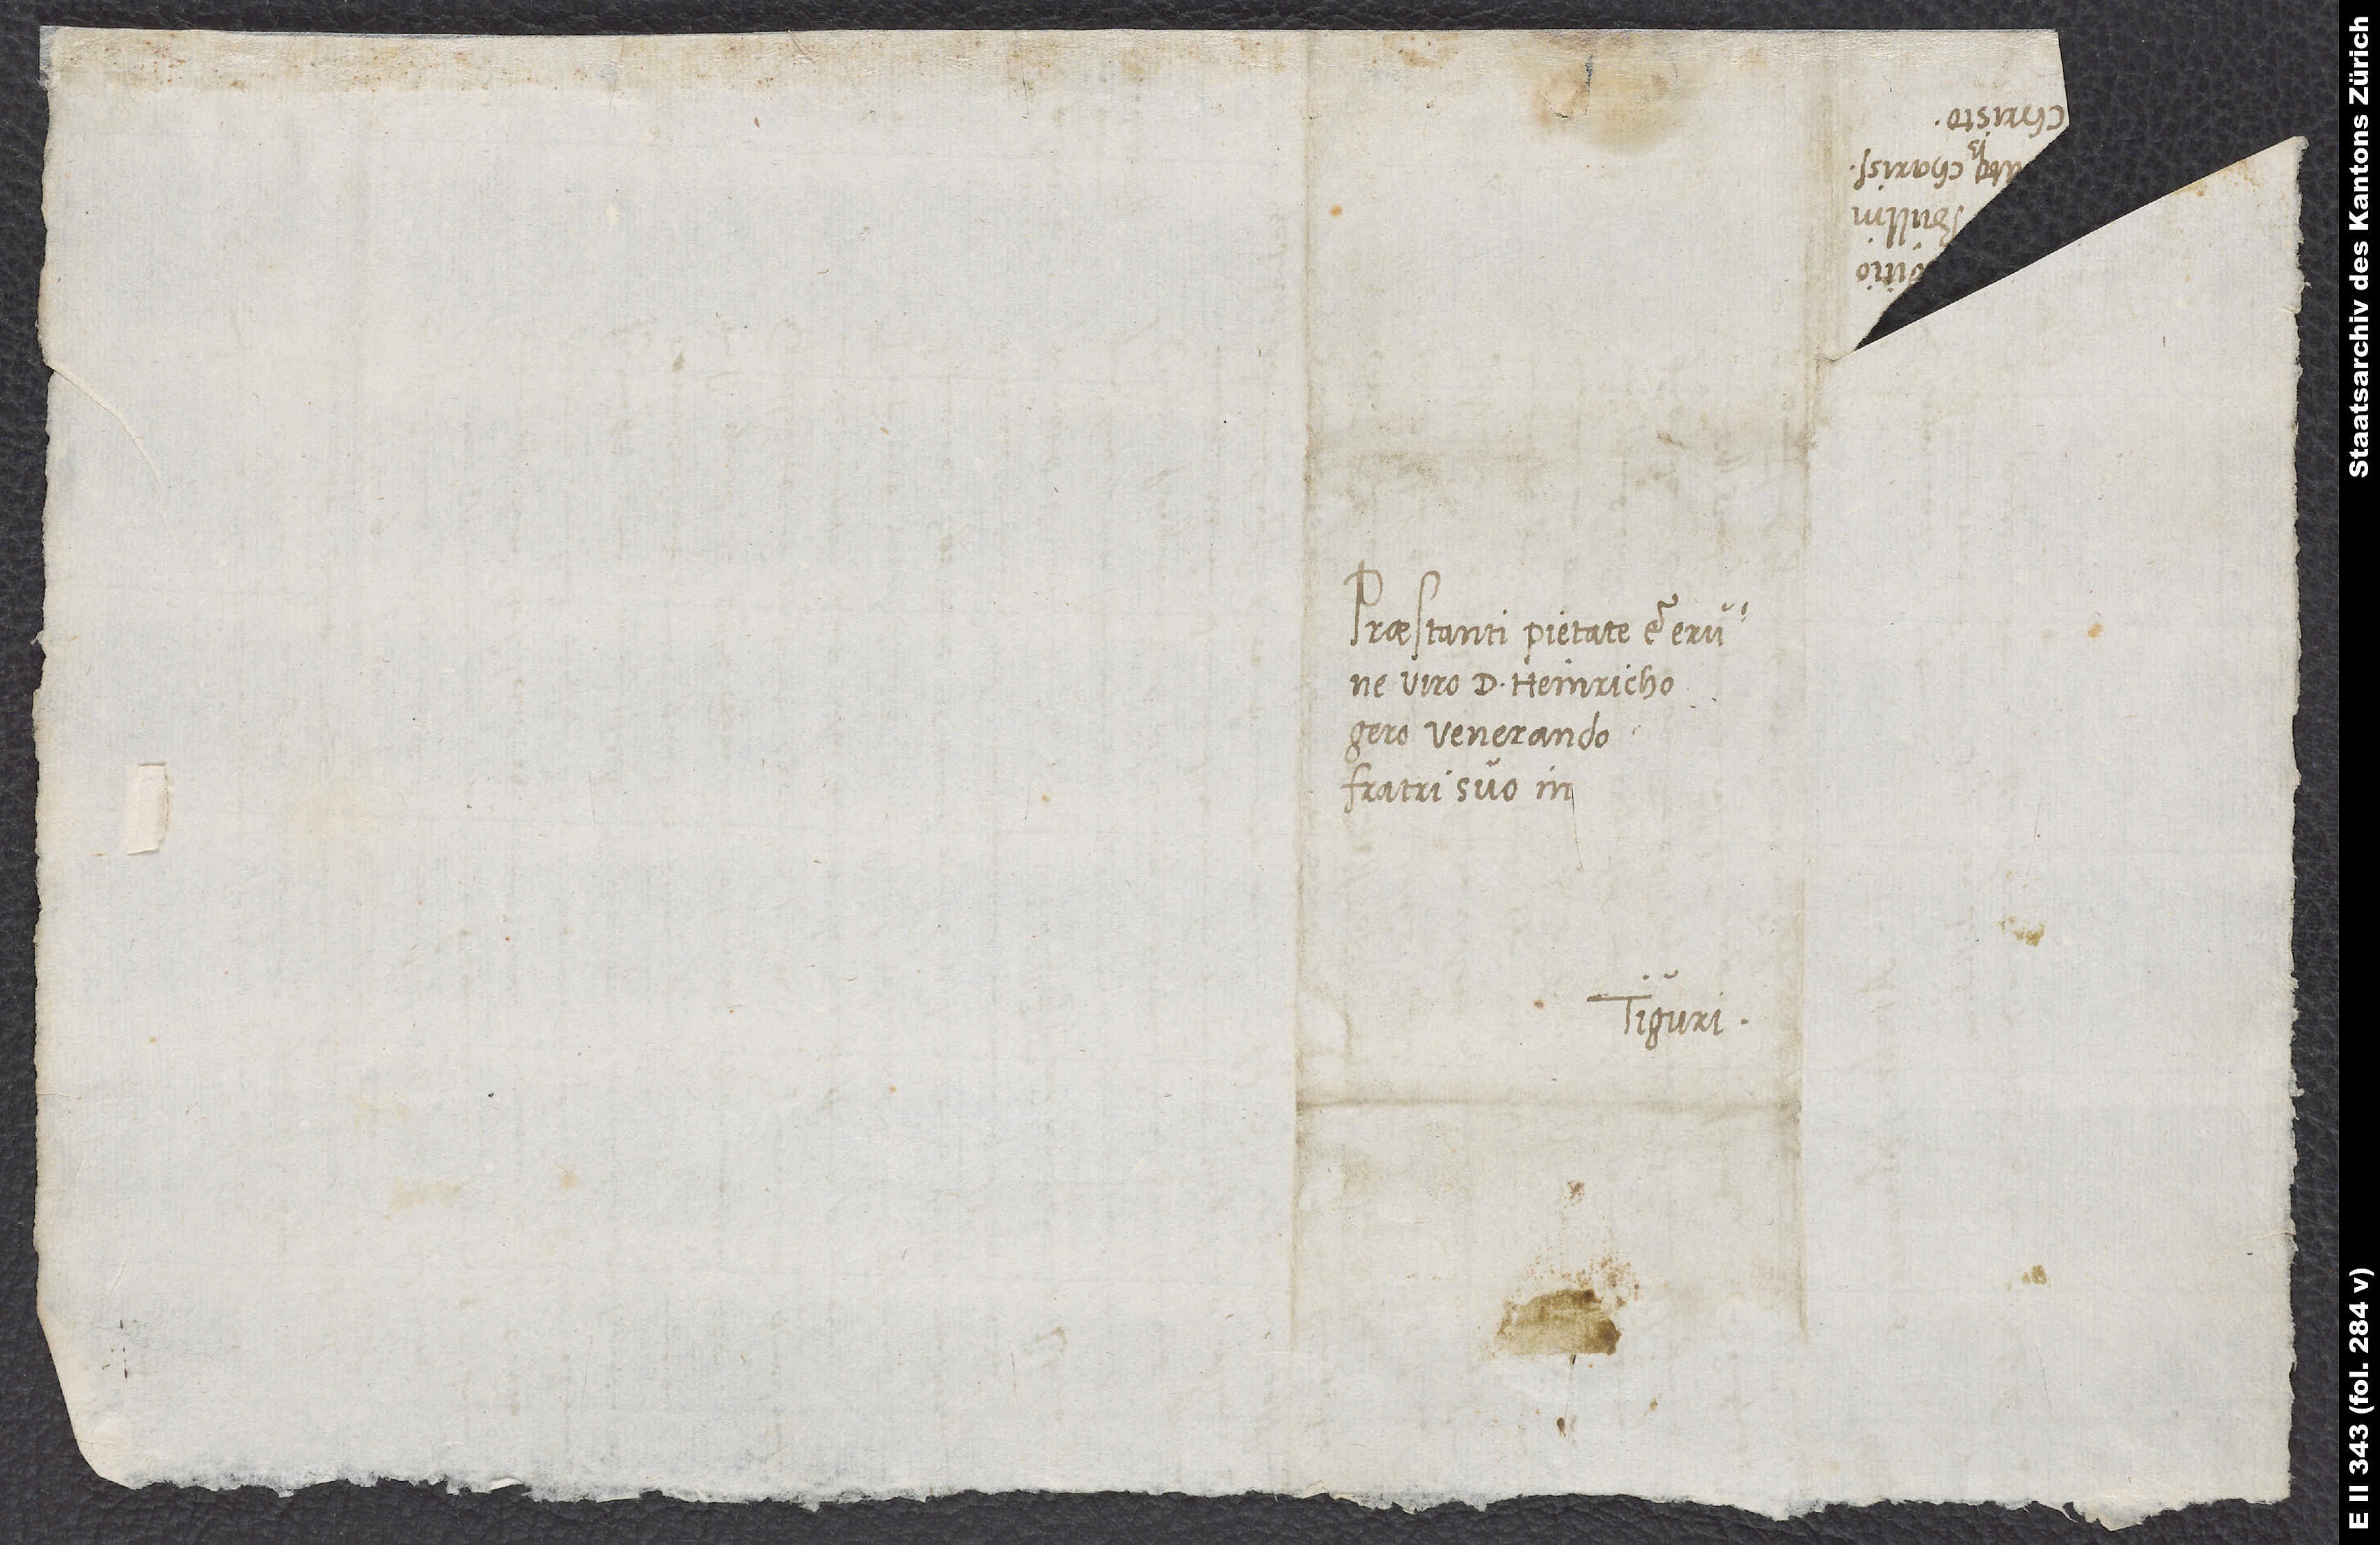
Praestanti pietate et eruditione
viro d. Heinricho
venerando
fratri suo in
Tiguri.